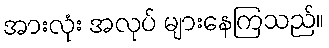
အားလုံး အလုပ် များနေကြသည်။